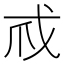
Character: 𢦞